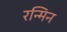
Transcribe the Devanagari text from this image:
रन्मिन